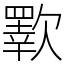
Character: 歝